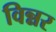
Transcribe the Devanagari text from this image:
विन्नर